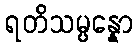
ရတိသမ္ပန္နော